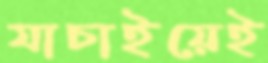
যাচাইয়েই